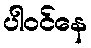
ပါဝင်နေ